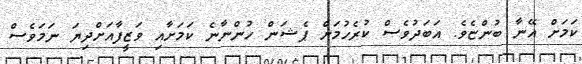
ކަމަށް އޭނާ ބުންޏެވެ. އަބަދުވެސް ކުރެހުމަށް ޕެޝަން ހުންނާނެ ކަމަށާއި ވަޒީފާއަށްދިޔަ ނަމަވެސް